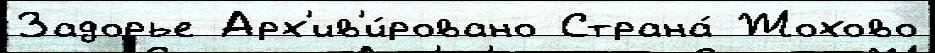
Задорье Арх'ив'и́ровано Страна́ Жохово